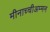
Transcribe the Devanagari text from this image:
मीनाच्चीअम्मन